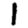
Digit: 1